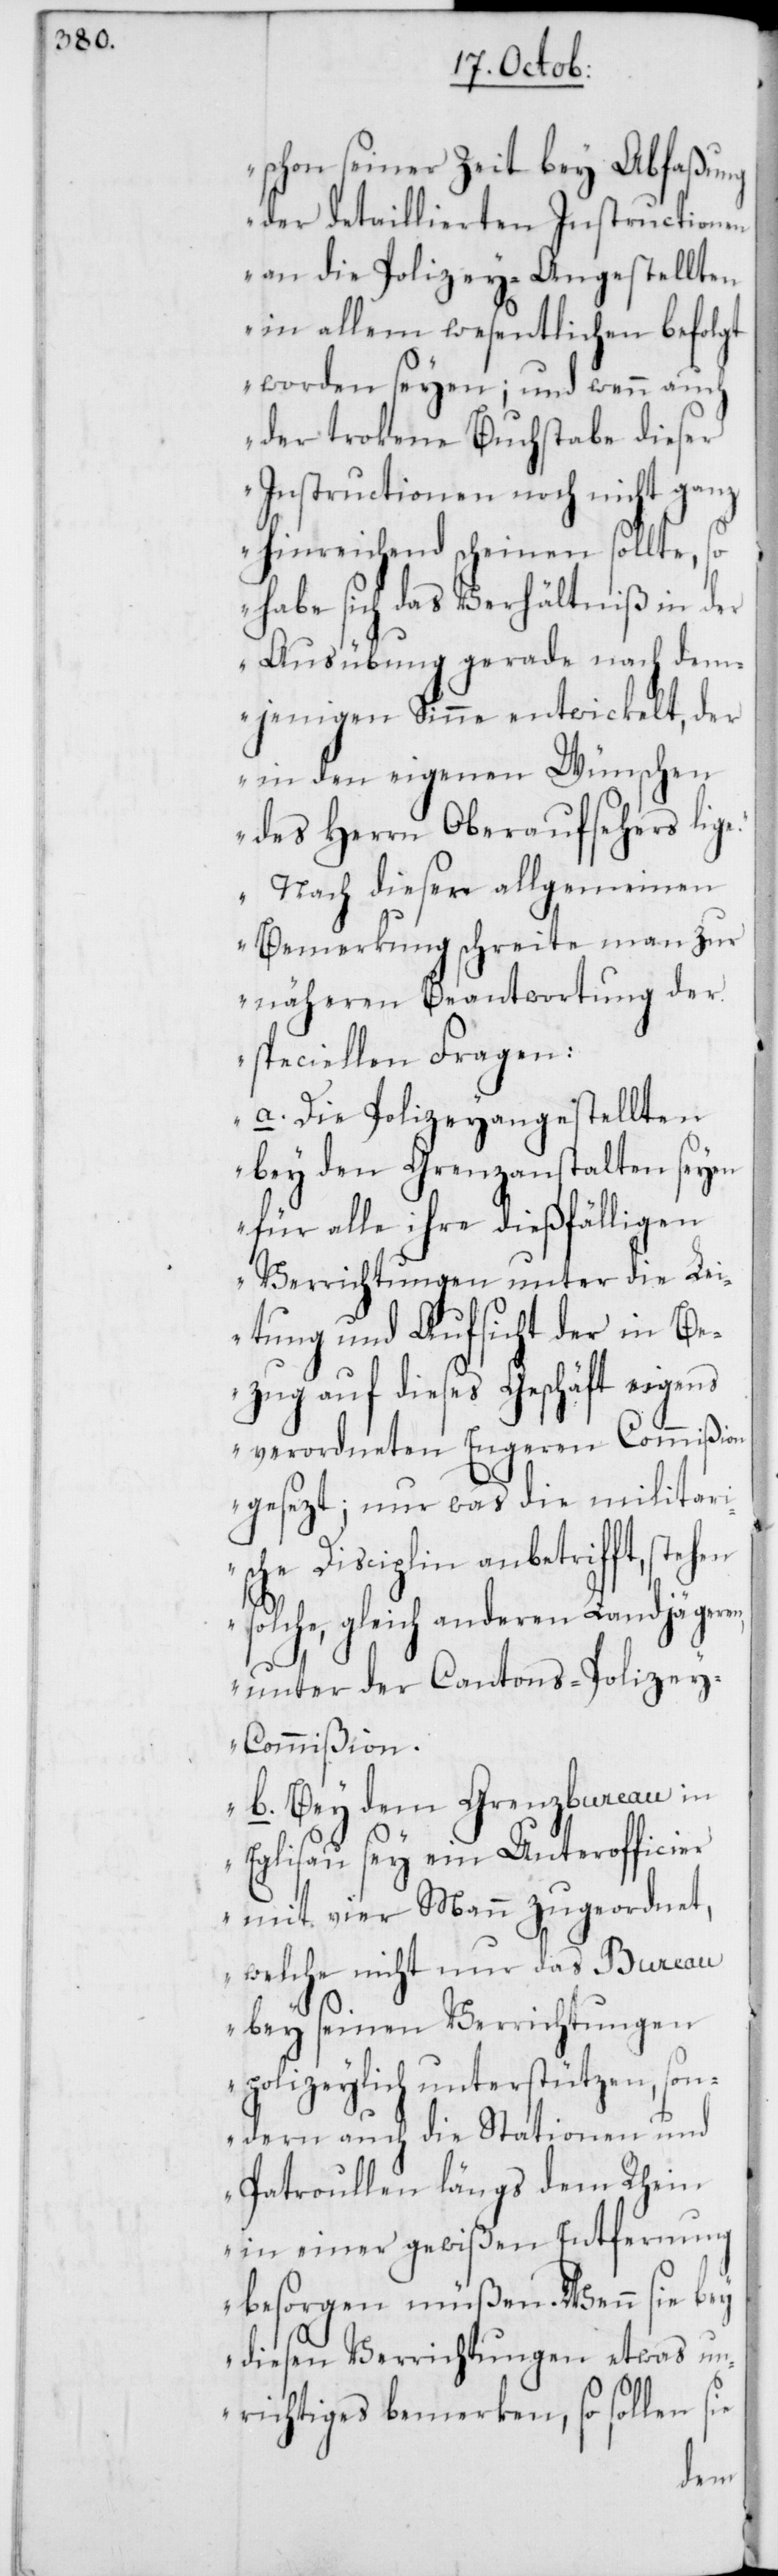
schon seiner Zeit bey Abfaßung
der detaillierten Instructionen
an die Polizey-Angestellten
in allem Wesentlichen befolgt
worden seyen; und wenn auch
der trokene Buchstabe dieser
Instructionen noch nicht ganz
hinreichend scheinen sollte, so
habe sich das Verhältniß in der
Ausübung gerade nach dem¬
jenigen Sinne entwickelt, der
in den eigenen Wünschen
des Herrn Oberaufsehers lige.
Nach dieser allgemeinen
Bemerkung schreite man zur
näheren Beantwortung der
speciellen Fragen:
a. Die Polizeyangestellten
bey den Grenzanstalten seyen
für alle ihre dießfälligen
Verrichtungen unter die Lei¬
tung und Aufsicht der in Be¬
zug auf dieses Geschäft eigens
verordneten Engeren Commißion
gesezt; nur was die militari¬
sche Disciplin anbetrifft, steh¬
solche, gleich anderen Landjäger¬
unter der Cantons-Polize¬
y-Commißion.
b. Bey dem Grenzbureau in
Eglisau sey ein Unterofficier
mit vier Mann zugeordnet,
welche nicht nur das Bureau
bey seinen Verrichtungen
polizeylich unterstützen, son¬
dern auch die Stationen und
Patroullen längs dem Rhein
in einer gewißen Entfernung
besorgen müßen. Wenn sie bey
diesen Verrichtungen etwas un¬
richtiges bemerken, so sollen sie
en,